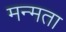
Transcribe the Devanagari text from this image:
मन्मता